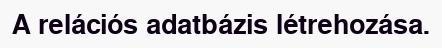
A relációs adatbázis létrehozása.